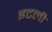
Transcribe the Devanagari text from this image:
इटली